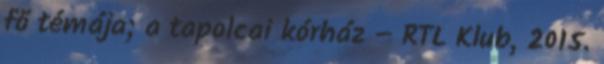
fő témája; a tapolcai kórház – RTL Klub, 2015.